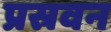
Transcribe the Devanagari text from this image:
प्रस्रवन